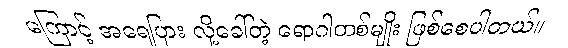
ကြောင့် အရေပြား လို့ခေါ်တဲ့ ရောဂါတစ်မျိုး ဖြစ်စေပါတယ်။